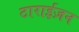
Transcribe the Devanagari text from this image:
टाराईज़न